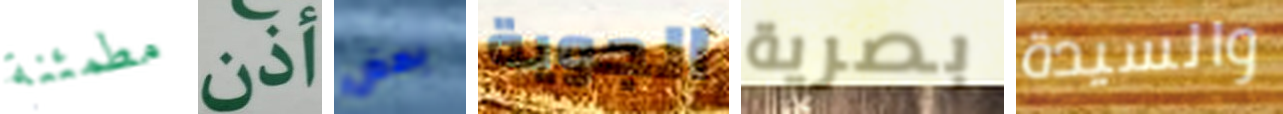
مطمئنة أذن بعض الجوية بصرية والسيدة